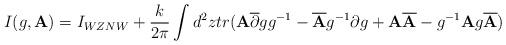
LaTeX: \begin{align*}I(g,{\bf A})=I_{WZNW} + \frac {k}{2 \pi} \int d^2 z tr ({\bf A}\overline {\partial } g g ^{-1} -\overline {{\bf A}} g^{-1} \partial g + {\bf A}\overline {{\bf A}} -g ^{-1} {\bf A}g \overline {{\bf A}})\end{align*}